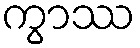
ကွာဿ